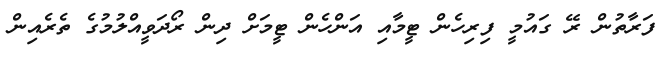
ފަރާތުން ރޭ ގައުމީ ފިރިހެން ޓީމާއި އަންހެން ޓީމަށް ދިން ރޯދަވީއްލުމުގެ ތެރެއިން